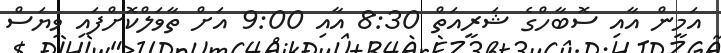
އަމީން އާއި ސޮބާހްގެ ޝަރީއަތް 8:30 އާއި 9:00 އަށް ތާވަލްކޮށްފައި ވިޔަސް